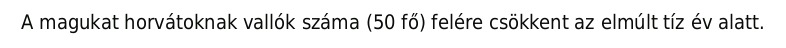
A magukat horvátoknak vallók száma (50 fő) felére csökkent az elmúlt tíz év alatt.